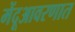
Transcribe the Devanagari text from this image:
मेंदूआवरणात